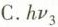
C.hv_{3}